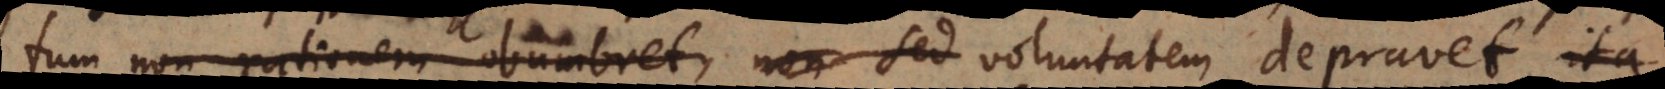
non rationem obumbret, non sed voluntatem depravet, ita